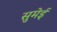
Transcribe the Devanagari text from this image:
सुमेई